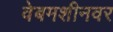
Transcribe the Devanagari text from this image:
वेबमशीनवर